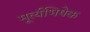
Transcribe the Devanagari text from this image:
मूर्त्यभिषेक